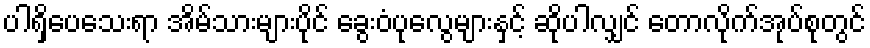
ပါရှိပေသေးရာ အိမ်သားများပိုင် ခွေးဝံပုလွေများနှင့် ဆိုပါလျှင် တောလိုက်အုပ်စုတွင်